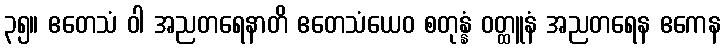
၃၅။ ဧတေသံ ဝါ အညတရေနာတိ ဧတေသံယေဝ စတုန္နံ ဝတ္ထူနံ အညတရေန ဧကေန